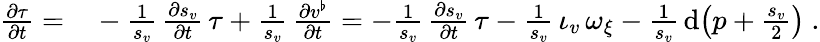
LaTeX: \begin{array}{rl}{\frac{\partial\tau}{\partial t}=}&{{}-\frac{1}{s_{v}}\, \frac{\partial s_{v}}{\partial t}\, \tau+\frac{1}{s_{v}}\, \frac{\partial v^{\flat}}{\partial t}=-\frac{1}{s_{v}}\, \frac{\partial s_{v}}{\partial t}\, \tau-\frac{1}{s_{v}}\, \iota_{v}\, \omega_{\xi}-\frac{1}{s_{v}}\, \mathrm{d}\big(p+\frac{s_{v}}{2}\big)\ .}\end{array}